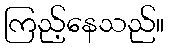
ကြည့်နေသည်။